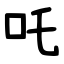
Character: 吒